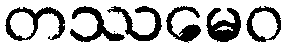
တဿမေဝ